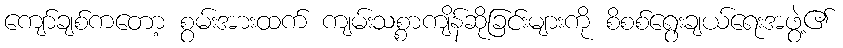
ကျော်ချစ်ကတော့ စွမ်းအားထက် ကျမ်းသစ္စာကျိန်ဆိုခြင်းများကို စိစစ်ရွေးချယ်ရေးအဖွဲ့၏